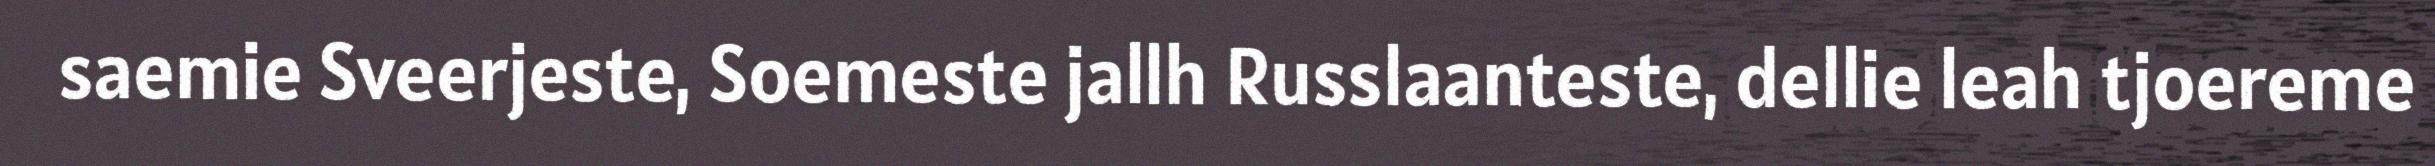
saemie Sveerjeste, Soemeste jallh Russlaanteste, dellie leah tjoereme